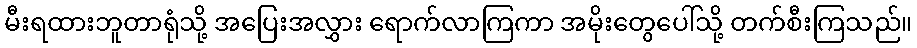
မီးရထားဘူတာရုံသို့ အပြေးအလွှား ရောက်လာကြကာ အမိုးတွေပေါ်သို့ တက်စီးကြသည်။